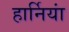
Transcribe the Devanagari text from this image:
हार्नियां